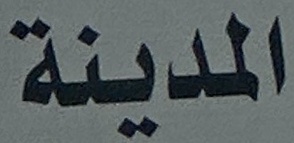
المدينة